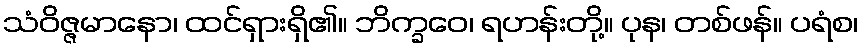
သံဝိဇ္ဇမာနော၊ ထင်ရှားရှိ၏။ ဘိက္ခဝေ၊ ရဟန်းတို့။ ပုန၊ တစ်ဖန်။ ပရံစ၊